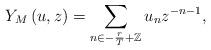
LaTeX: \begin{align*}Y_{M}\left(u,z\right)=\sum_{n\in-\frac{r}{T}+\mathbb{Z}}u_{n}z^{-n-1},\end{align*}